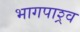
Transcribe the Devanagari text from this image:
भागपाश्र्व